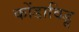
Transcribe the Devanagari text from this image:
कोंडाविडू